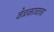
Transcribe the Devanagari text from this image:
वेळकाळाचा